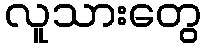
လူသားတွေ